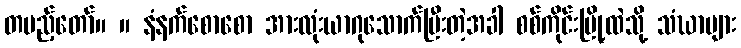
တပည့်တော်။ ။ နံနက်စောစော အားလုံးယာဂုသောက်ပြီးတဲ့အခါ စစ်ကိုင်းမြို့ထဲသို့ သံဃာများ